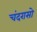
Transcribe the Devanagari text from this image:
चंदरासो